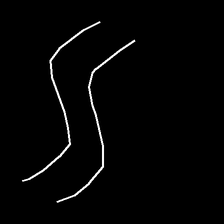
Glyph: float